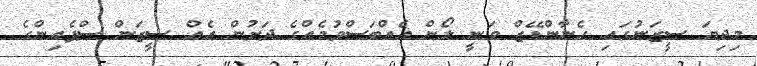
މިދިޔަ ސީޒަނުގައި ހެނާންޑޭޒް ވަނީ ލޯން އެއްބަސްވުމެއްގެ ދަށުން އެއް ސީޒަން ސްޕެއިންގެ